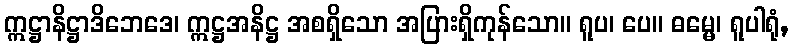
ဣဋ္ဌာနိဋ္ဌာဒိဘေဒေ၊ ဣဋ္ဌအနိဋ္ဌ အစရှိသော အပြားရှိကုန်သော။ ရူပ၊ ပေ။ ဓမ္မေ၊ ရူပါရုံ,